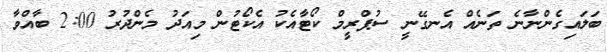
ބަލައިގެންނާނެ ތަނެއް އެނގޭނީ ސުޕްރީމް ކޯޓާއެކު އެކޯޓުން މިއަދު މެންދުރު 2:00 ބާއްވާ